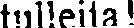
tulleita!